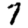
Digit: 7